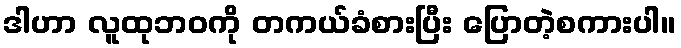
ဒါဟာ လူထုဘဝကို တကယ်ခံစားပြီး ပြောတဲ့စကားပါ။